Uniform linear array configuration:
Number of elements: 16
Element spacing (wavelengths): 1
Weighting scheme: blackman
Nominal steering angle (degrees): -30
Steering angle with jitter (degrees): -29.283
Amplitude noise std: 0.05
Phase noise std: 0.05

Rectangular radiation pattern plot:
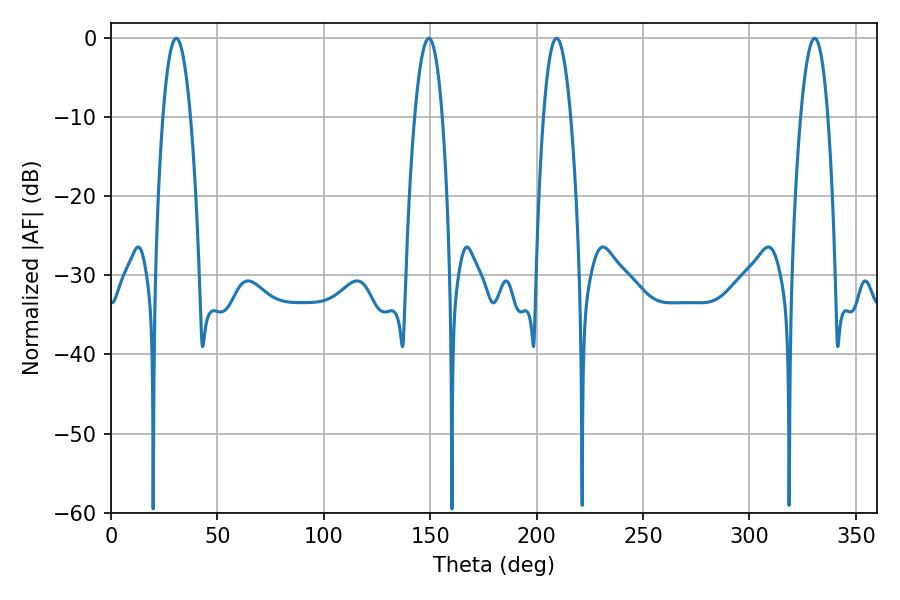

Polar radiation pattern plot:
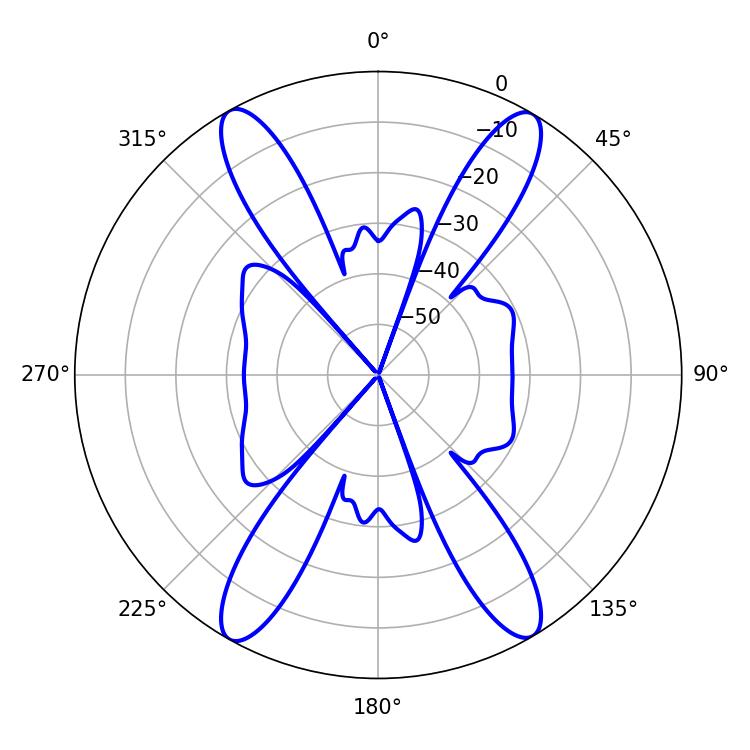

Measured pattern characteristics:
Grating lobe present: TRUE
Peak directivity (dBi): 24.963
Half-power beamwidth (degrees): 7.02
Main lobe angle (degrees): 209.34